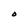
Character: O